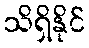
သိရှိနိုင်